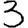
Digit: 3